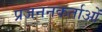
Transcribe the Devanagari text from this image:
प्रजननकर्ताओं